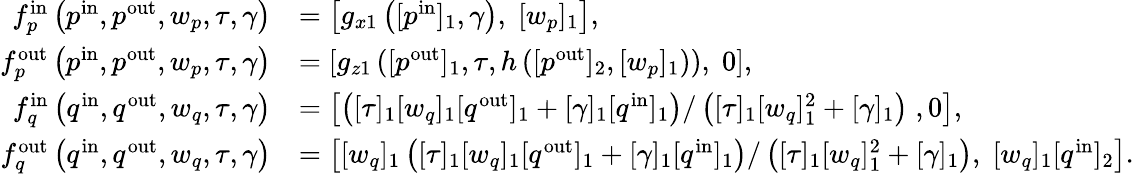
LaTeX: \begin{array}{rl}{f_{p}^{\mathrm{in}}\left(p^{\mathrm{in}},p^{\mathrm{out}},w_{p},\tau,\gamma\right)}&{=\left[g_{x1}\left([p^{\mathrm{in}}]_{1},\gamma\right),\; [w_{p}]_{1}\right],}\\ {f_{p}^{\mathrm{out}}\left(p^{\mathrm{in}},p^{\mathrm{out}},w_{p},\tau,\gamma\right)}&{=\left[g_{z1}\left([p^{\mathrm{out}}]_{1},\tau,h\left([p^{\mathrm{out}}]_{2},[w_{p}]_{1}\right)\right),\; 0\right],}\\ {f_{q}^{\mathrm{in}}\left(q^{\mathrm{in}},q^{\mathrm{out}},w_{q},\tau,\gamma\right)}&{=\left[\left([\tau]_{1}[w_{q}]_{1}[q^{\mathrm{out}}]_{1}+[\gamma]_{1}[q^{\mathrm{in}}]_{1}\right)/\left([\tau]_{1}[w_{q}]_{1}^{2}+[\gamma]_{1}\right)\; ,0\right],}\\ {f_{q}^{\mathrm{out}}\left(q^{\mathrm{in}},q^{\mathrm{out}},w_{q},\tau,\gamma\right)}&{=\left[[w_{q}]_{1}\left([\tau]_{1}[w_{q}]_{1}[q^{\mathrm{out}}]_{1}+[\gamma]_{1}[q^{\mathrm{in}}]_{1}\right)/\left([\tau]_{1}[w_{q}]_{1}^{2}+[\gamma]_{1}\right),\; [w_{q}]_{1}[q^{\mathrm{in}}]_{2}\right].}\end{array}